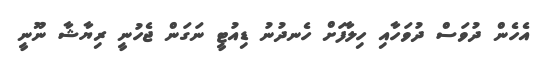
އެހެން ދުވަސް ދުވަހާއި ހިލާފަށް ހެނދުނު ޑިއުޓީ ނަގަން ޖެހުނީ ރިޔާޝާ ނޫނީ